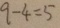
9 - 4 = 5